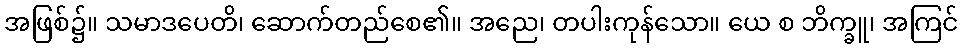
အဖြစ်၌။ သမာဒပေတိ၊ ဆောက်တည်စေ၏။ အညေ၊ တပါးကုန်သော။ ယေ စ ဘိက္ခူ၊ အကြင်